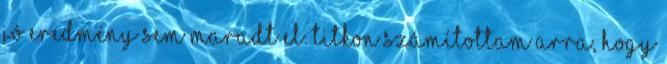
jó eredmény sem maradt el. Titkon számítottam arra, hogy